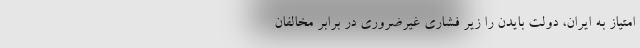
امتیاز به ایران، دولت بایدن را زیر فشاری غیرضروری در برابر مخالفان